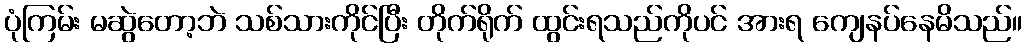
ပုံကြမ်း မဆွဲတော့ဘဲ သစ်သားကိုင်ပြီး တိုက်ရိုက် ထွင်းရသည်ကိုပင် အားရ ကျေနပ်နေမိသည်။